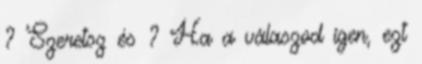
? Szeretsz és ? Ha a válaszod igen, ezt